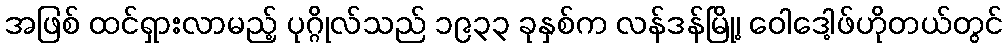
အဖြစ် ထင်ရှားလာမည့် ပုဂ္ဂိုလ်သည် ၁၉၃၃ ခုနှစ်က လန်ဒန်မြို့၊ ဝေါဒေါ့ဖ်ဟိုတယ်တွင်